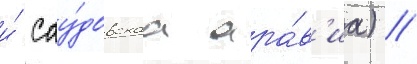
и́ сау́довскаа ара́в'иа) //